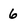
Character: 6